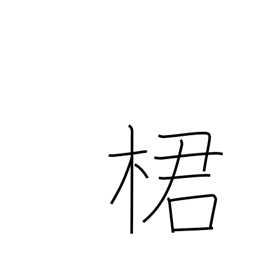
Meaning: type of fruit tree